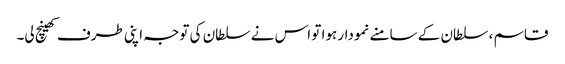
قاسم ، سلطان کے سامنے نمودار ہوا تو اس نے سلطان کی توجہ اپنی طرف کھینچ لی۔